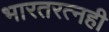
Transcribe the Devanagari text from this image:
भारतरत्नही